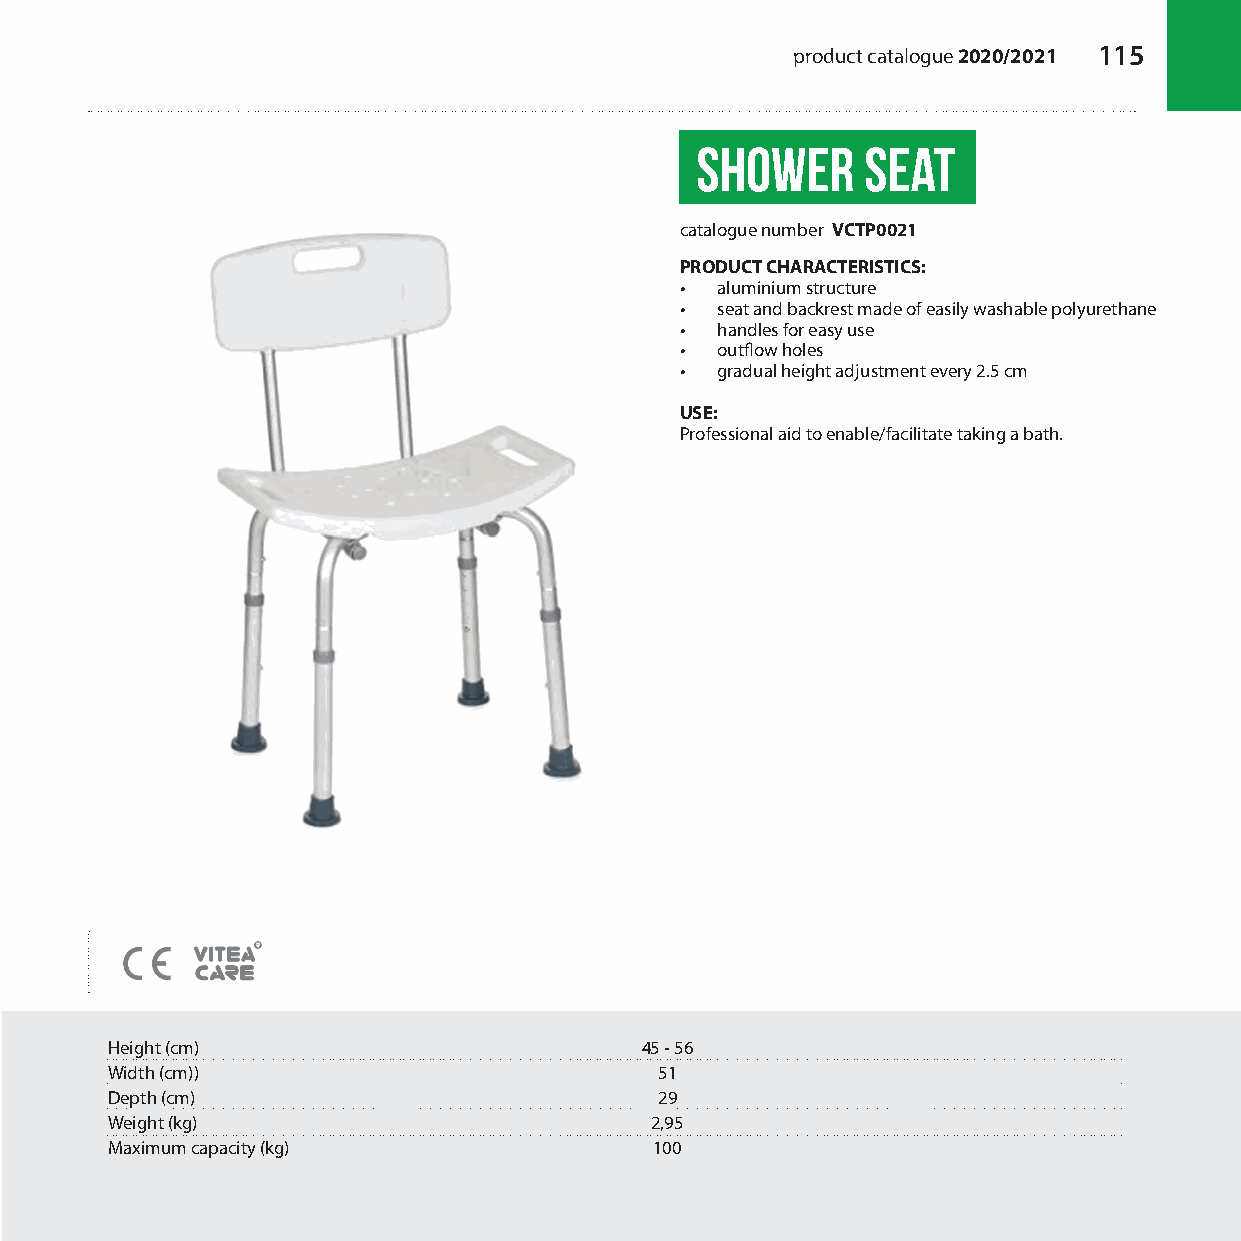
product catalogue 2020/2021 115
 SHOWER     SEAT
 catalogue number VCTP0021
 PRODUCT CHARACTERISTICS:
 • aluminium structure
 • seat and backrest made of easily washable polyurethane
 • handles for easy use
 • outflow holes
 • gradual height adjustment every 2.5 cm
 USE:
 Professional aid to enable/facilitate taking a bath.
 Height (cm)                        45 - 56
 Width (cm))                          51
 Depth (cm)                           29
 Weight (kg)                         2,95
 Maximum capacity (kg)               100